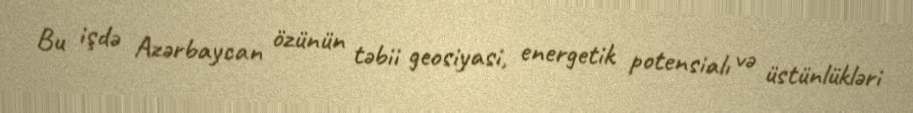
Bu işdə Azərbaycan özünün təbii geosiyasi, energetik potensialı və üstünlükləri